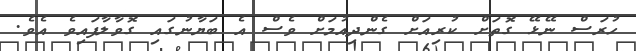
ހުރަސް ނޭޅޭ ގޮތަށް ކުރިއަށް ގެންދިއުމަށް ވެސް އެ ބަޔާނުގައި ގޮވާލާފައިވެ އެވެ.